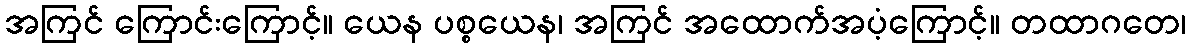
အကြင် ကြောင်းကြောင့်။ ယေန ပစ္စယေန၊ အကြင် အထောက်အပံ့ကြောင့်။ တထာဂတေ၊